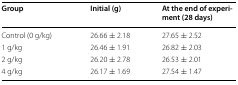
<table><thead><tr><td><b>Group</b></td><td><b>Initial (g)</b></td><td><b>At the end of experiment (28 days)</b></td></tr></thead><tbody><tr><td>Control (0 g/kg)</td><td>26.66 ± 2.18</td><td>27.65 ± 2.52</td></tr><tr><td>1 g/kg</td><td>26.46 ± 1.91</td><td>26.82 ± 2.03</td></tr><tr><td>2 g/kg</td><td>26.20 ± 2.78</td><td>26.53 ± 2.01</td></tr><tr><td>4 g/kg</td><td>26.17 ± 1.69</td><td>27.54 ± 1.47</td></tr></tbody></table>